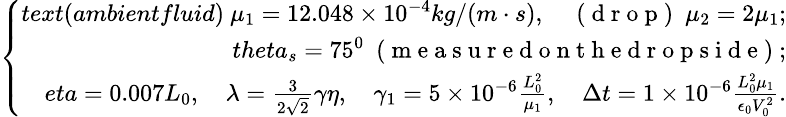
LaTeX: \small\left\{ \begin{array}{rl}{text{(ambientfluid)}\ \mu_{1}=12.048\times 10^{-4}kg/(m\cdot s),\quad\mathrm{~(~d~r~o~p~)~}\ \mu_{2}=2\mu_{1};}\\ {theta_{s}=75^{0}\ \mathrm{~(~m~e~a~s~u~r~e~d~o~n~t~h~e~d~r~o~p~s~i~d~e~)~};}\\ {eta=0.007L_{0},\quad\lambda=\frac{3}{2\sqrt{2}}\gamma\eta,\quad\gamma_{1}=5\times 10^{-6}\frac{L_{0}^{2}}{\mu_{1}},\quad\Delta t=1\times 10^{-6}\frac{L_{0}^{2}\mu_{1}}{\epsilon_{0}V_{0}^{2}}.}\end{array}\right.